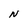
Character: N